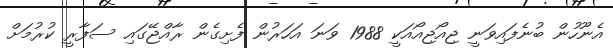
އެނޫހުން ބުނެފައިވަނީ ޖިއޯޖިއޯއަކީ 1988 ވަނަ އަހަރުން ފެށިގެން ރާއްޖޭގައި ސަފާރީ ކުރުމަށް